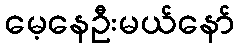
မေ့နေဦးမယ်နော်